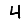
Digit: 4